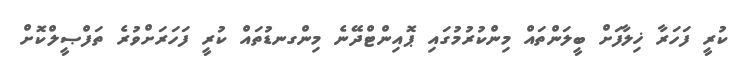
ކުރީ ފަހަރާ ޚިލާފަށް ބީލަންތައް މިންކުރުމުގައި ޕޮއިންޓްދޭނެ މިންގނޑުތައް ކުރީ ފަހަރަށްވުރެ ތަފްޞީލްކޮށް